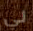
لي